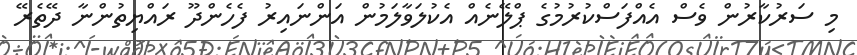
މި ސަރުކާރުން ވެސް އެއްފަސްކުރުމުގެ ޕްލޭނެއް އެކުލަވާލަމުން އަންނައިރު ފެހެންދޫ ރައްޔިތުންނާ ދޭތެރޭ